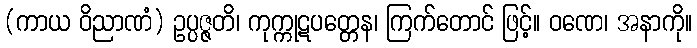
(ကာယ ဝိညာဏံ) ဥပ္ပဇ္ဇတိ၊ ကုက္ကုဋပတ္တေန၊ ကြက်တောင် ဖြင့်။ ဝဏေ၊ အနာကို။